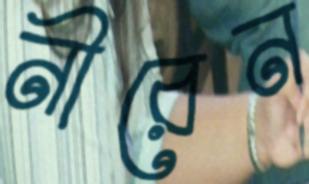
নীরেন